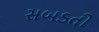
સબડતો